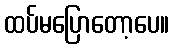
ထပ်မပြောတော့ပေ။